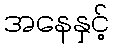
အနေနှင့်